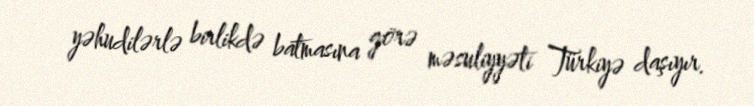
yəhudilərlə birlikdə batmasına görə məsuliyyəti Türkiyə daşıyır.